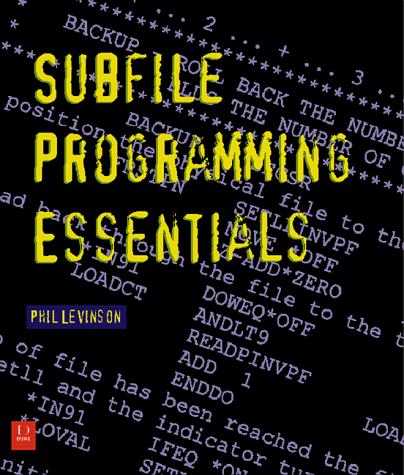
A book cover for Essentials of Subfile Programming and Advanced Topics in Rpg; Phil Levinson; Computers & Technology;